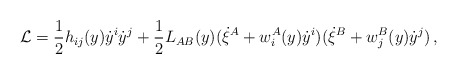
\begin{align*}{\cal L} = \frac{1}{2} h_{ij}(y) \dot{y}^i \dot{y}^j + \frac{1}{2} L_{AB}(y) (\dot{\xi}^A + w^A_i(y) \dot{y}^i) (\dot{\xi}^B + w^B_j(y) \dot{y}^j)\,,\end{align*}